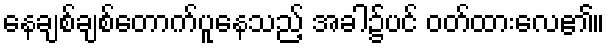
နေချစ်ချစ်တောက်ပူနေသည့် အခါ၌ပင် ဝတ်ထားလေ၏။